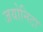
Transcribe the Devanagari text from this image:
जयोनिटा